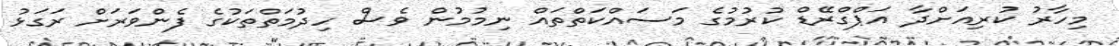
މިހާރު ކުރިއަށްދާ އަޕްގްރޭޑް ކުރުމުގެ މަސައްކަތްތައް ނިމުމުން ވެސް ހިދުމަތްތަކުގެ ފެންވަރަށް ރަގަޅު